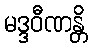
မဒ္ဒဝီဏန္တိ